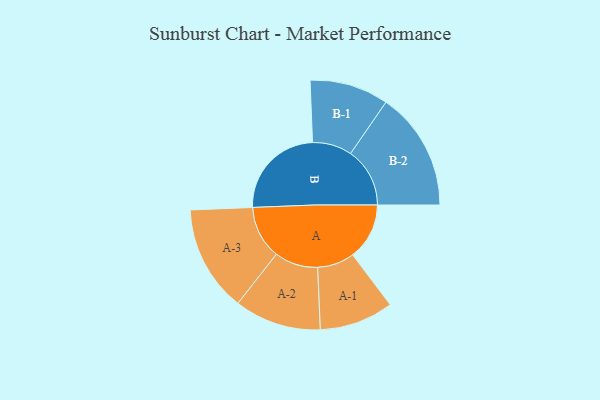
{"axis": {"x": "Segment", "y": "Value"}, "legend": ["", "A", "B"], "data": [{"x": "A", "y": 257, "type": ""}, {"x": "B", "y": 437, "type": ""}, {"x": "A-1", "y": 168, "type": "A"}, {"x": "A-2", "y": 197, "type": "A"}, {"x": "A-3", "y": 241, "type": "A"}, {"x": "B-1", "y": 179, "type": "B"}, {"x": "B-2", "y": 269, "type": "B"}]}